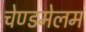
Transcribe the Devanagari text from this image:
चेण्डमेलम